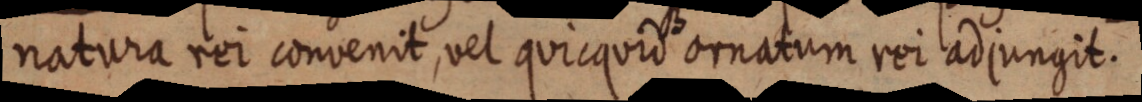
natura rei convenit, vel quicquid ornatum rei adjungit.